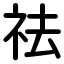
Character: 祛